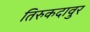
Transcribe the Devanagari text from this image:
तिरुकदावुर